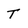
Character: T